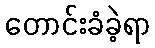
တောင်းခံခဲ့ရာ